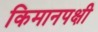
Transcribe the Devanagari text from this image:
किमानपक्षी